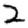
Digit: 2